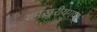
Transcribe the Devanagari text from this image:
समखुरीयगण